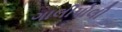
ગાલીપોલી